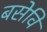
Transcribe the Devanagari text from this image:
बसेवि